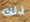
ذلك